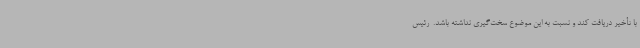
با تأخیر دریافت کند و نسبت به این موضوع سخت‌گیری نداشته ‌باشد. ‌ رئیس